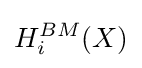
H_{i}^{BM}(X)